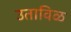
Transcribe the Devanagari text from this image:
उताविळ